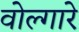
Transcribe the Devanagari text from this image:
वोल्गारे